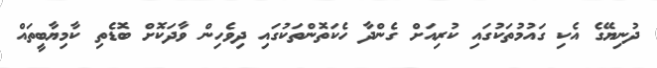
ދުނިޔޭގެ އެކި ގައުމުތަކުގައި ކުރިއަށް ގެންދާ ހެކަތޮންތަކުގައި ދިވެހިން ވާދަކޮށް ބޮޑެތި ކާމިޔާބީތައް